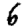
Digit: 6